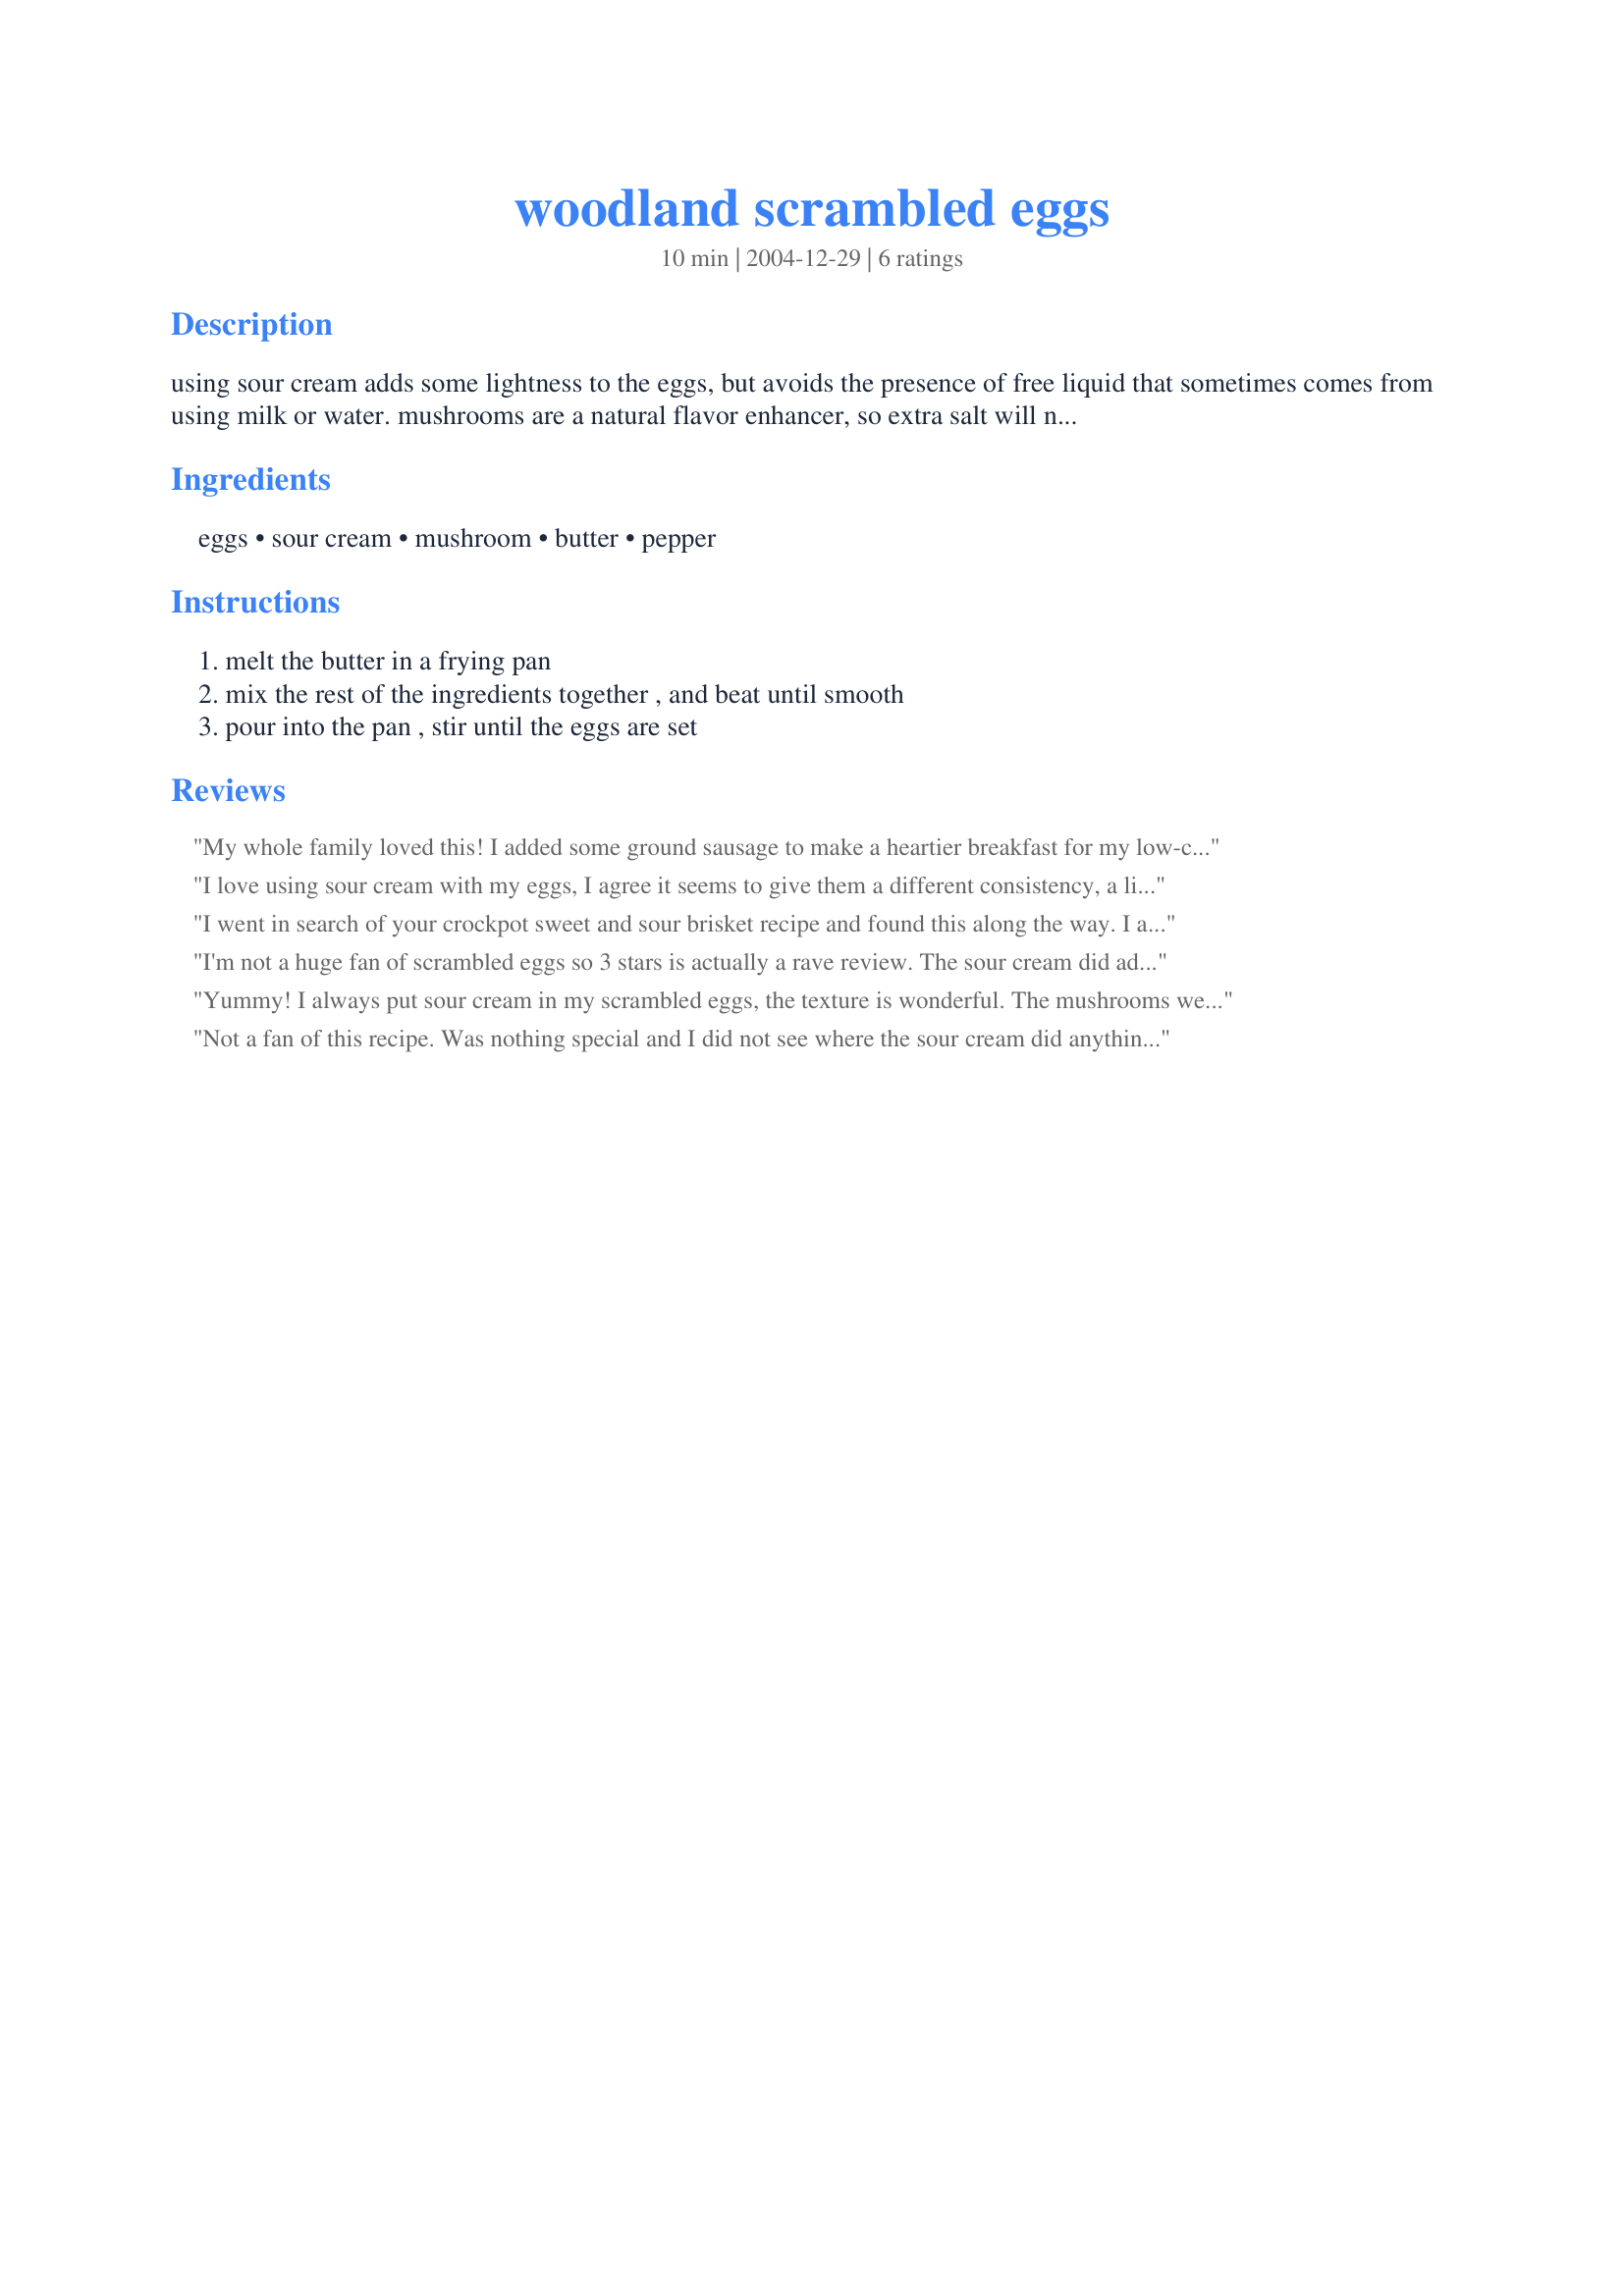
woodland scrambled eggs
Preparation time: 10 minutes

using sour cream adds some lightness to the eggs, but avoids the presence of free liquid that sometimes comes from using milk or water. mushrooms are a natural flavor enhancer, so extra salt will not be needed. the set eggs could also be folded and stuffed like an omelet. cooking is a creative sport.

Ingredients:
eggs, sour cream, mushroom, butter, pepper

Steps:
melt the butter in a frying pan, mix the rest of the ingredients together , and beat until smooth, pour into the pan , stir until the eggs are set

Reviews:
My whole family loved this! I added some ground sausage to make a heartier breakfast for my low-carb family diet. I cooked the sausage and mushrooms together, then added the egg & sourcream mixture and cooked until firm. I also topped it off with a little mozzerella cheese at the end. Wonderfully delicious!
I love using sour cream with my eggs, I agree it seems to give them a different consistency, a lightness . As you say Bill cooking is a creative sport so I chopped 2 slices of bacon browned it, removed almost all the fat added the mushrooms and when they were just beginning to brown added the egg mixture. Served with left over, cut oven fries browned on a pan Toast & Chipotle chutney - Thanks Bill for a lovely Sunday Brunch
I went in search of your crockpot sweet and sour brisket recipe and found this along the way. I am eating it right now and it is marvelous!! Next time I'll put the cooked eggs over a piece of rye toast and melt cheese over that.This is certainly a new favorite!
I'm not a huge fan of scrambled eggs so 3 stars is actually a rave review. The sour cream did add lightness. I would add bacon or ham next time to add more flavor.
Yummy! I always put sour cream in my scrambled eggs, the texture is wonderful. The mushrooms were delish!
Not a fan of this recipe. Was nothing special and I did not see where the sour cream did anything to the texture of the eggs. Probably won't make this again, sorry.
